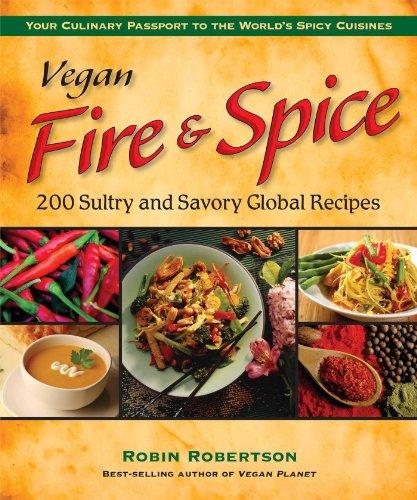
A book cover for Vegan Fire & Spice: 200 Sultry and Savory Global Recipes; Robin Robertson; Cookbooks, Food & Wine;